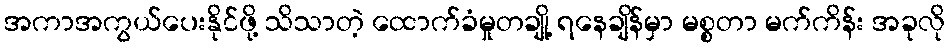
အကာအကွယ်ပေးနိုင်ဖို့ သိသာတဲ့ ထောက်ခံမှုတချို့ ရနေချိန်မှာ မစ္စတာ မက်ကိန်း အခုလို